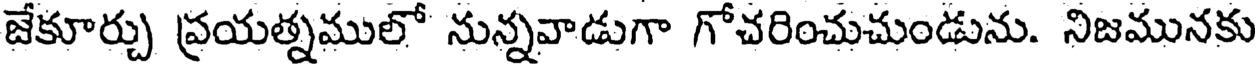
జేకూర్చు ప్రయత్నములో నున్నవాడుగా గోచరించుచుండును. నిజమునకు